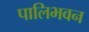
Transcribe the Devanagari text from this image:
पालिभवन